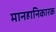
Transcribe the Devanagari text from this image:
मानहानिकारक